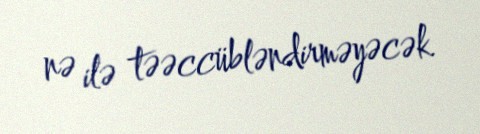
nə ilə təəccübləndirməyəcək.